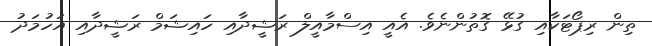
ތިން ރިޕޯޓަކާއި ގުޅޭ ގޮތުންނެވެ. އެއީ އިސްމާއީލް ރަޝީދާއި ހައިޝަމް ރަޝީދާއި އަހުމަދު